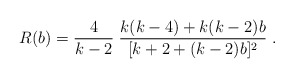
\begin{align*}R(b)=\frac{4}{k-2}\;\frac{k(k-4)+k(k-2)b}{[k+2+(k-2)b]^2} \; .\end{align*}